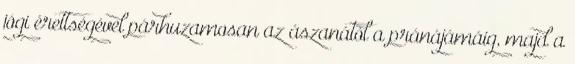
jógi érettségével párhuzamosan az ászanától a pránájámáig, majd a